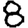
Digit: 8